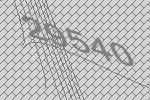
29540